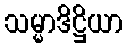
သမ္မာဒိဋ္ဌိယာ